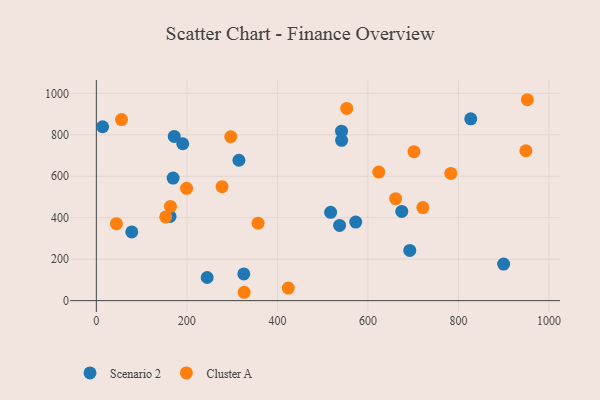
{"axis": {"x": "Study Hours", "y": "Profit"}, "legend": ["Cluster A", "Scenario 2"], "data": [{"x": "190.9", "y": 757.0, "type": "Scenario 2"}, {"x": "899.8", "y": 176.4, "type": "Scenario 2"}, {"x": "169.6", "y": 591.3, "type": "Scenario 2"}, {"x": "573.1", "y": 379.2, "type": "Scenario 2"}, {"x": "244.9", "y": 111.6, "type": "Scenario 2"}, {"x": "541.7", "y": 817.6, "type": "Scenario 2"}, {"x": "827.2", "y": 877.0, "type": "Scenario 2"}, {"x": "674.8", "y": 430.3, "type": "Scenario 2"}, {"x": "162.8", "y": 406.1, "type": "Scenario 2"}, {"x": "315.0", "y": 677.4, "type": "Scenario 2"}, {"x": "517.6", "y": 426.0, "type": "Scenario 2"}, {"x": "78.3", "y": 331.6, "type": "Scenario 2"}, {"x": "537.4", "y": 363.0, "type": "Scenario 2"}, {"x": "692.5", "y": 242.1, "type": "Scenario 2"}, {"x": "541.9", "y": 773.7, "type": "Scenario 2"}, {"x": "325.8", "y": 129.0, "type": "Scenario 2"}, {"x": "13.9", "y": 838.9, "type": "Scenario 2"}, {"x": "172.1", "y": 792.2, "type": "Scenario 2"}, {"x": "326.6", "y": 40.3, "type": "Cluster A"}, {"x": "277.8", "y": 549.9, "type": "Cluster A"}, {"x": "153.2", "y": 404.1, "type": "Cluster A"}, {"x": "721.3", "y": 449.2, "type": "Cluster A"}, {"x": "424.0", "y": 60.7, "type": "Cluster A"}, {"x": "55.6", "y": 873.8, "type": "Cluster A"}, {"x": "163.8", "y": 454.7, "type": "Cluster A"}, {"x": "949.0", "y": 723.3, "type": "Cluster A"}, {"x": "357.3", "y": 373.7, "type": "Cluster A"}, {"x": "624.0", "y": 620.2, "type": "Cluster A"}, {"x": "661.2", "y": 492.1, "type": "Cluster A"}, {"x": "553.2", "y": 927.6, "type": "Cluster A"}, {"x": "701.7", "y": 718.5, "type": "Cluster A"}, {"x": "952.3", "y": 969.4, "type": "Cluster A"}, {"x": "297.0", "y": 791.1, "type": "Cluster A"}, {"x": "44.4", "y": 371.4, "type": "Cluster A"}, {"x": "783.2", "y": 613.8, "type": "Cluster A"}, {"x": "199.4", "y": 542.1, "type": "Cluster A"}]}